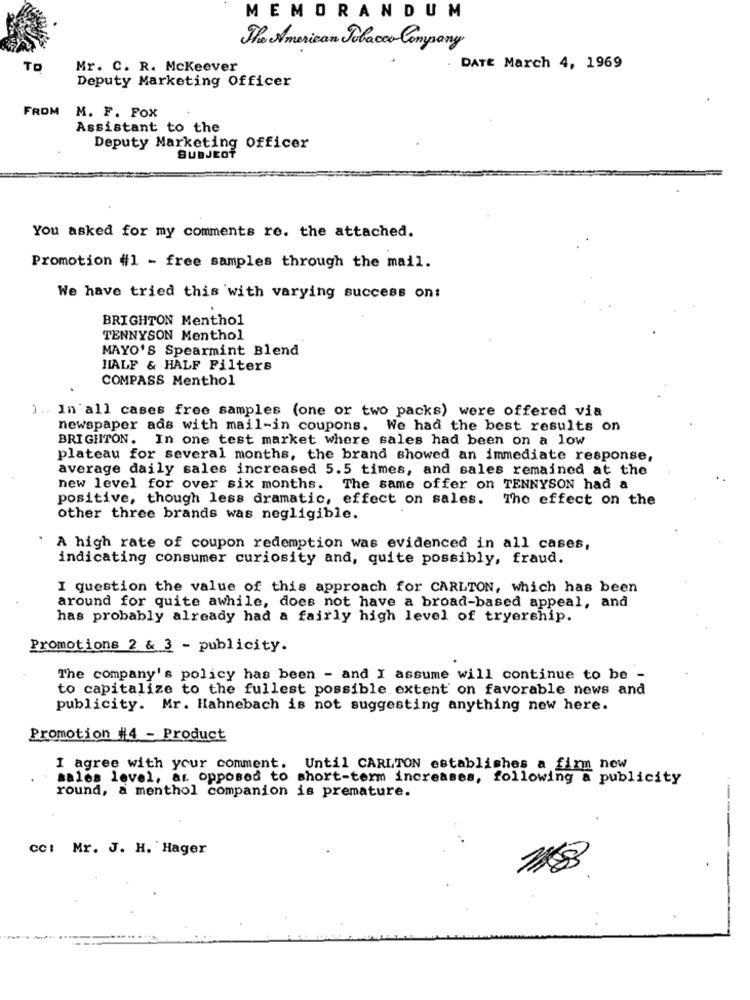
MEMORANDUM
The American Tobacco Company
TO
Mr. C. R. Mckeever
DATE March 4, 1969
Deputy Marketing Officer
FROM
M. F. FOX
Assistant to the
Deputy Marketing Officer
SUBJECT
You asked for my comments re. the attached.
Promotion #1 - free samples through the mail.
We have tried this with varying success on:
BRIGHTON Menthol
TENNYSON Menthol
MAYO'S Spearmint Blend
HALF & HALF Filters
COMPASS Menthol
) .. In all cases free samples (one or two packs) were offered via
newspaper ads with mail-in coupons. We had the best results on
BRIGHTON. In one test market where sales had been on a low
plateau for several months, the brand showed an immediate response,
average daily sales increased 5.5 times, and sales remained at the
new level for over six months. The same offer on TENNYSON had a
positive, though less dramatic, effect on sales. The effect on the
other three brands was negligible.
A high rate of coupon redemption was evidenced in all cases,
indicating consumer curiosity and, quite possibly, fraud.
I question the value of this approach for CARLTON, which has been
around for quite awhile, does not have a broad-based appeal, and
has probably already had a fairly high level of tryership.
Promotions 2 & 3 - publicity.
The company's policy has been - and I assume will continue to be -
to capitalize to the fullest possible extent on favorable news and
publicity. Mr. Hahnebach is not suggesting anything new here.
Promotion #4 - Product
I agree with your comment. Until CARLTON establishes a firm new
sales level, as opposed to short-term increases, following a publicity
round, a menthol companion is premature.
-
cc: Mr. J. H. Hager
1183